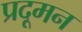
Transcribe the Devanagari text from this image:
प्रदूमन